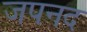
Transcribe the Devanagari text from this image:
जपनद